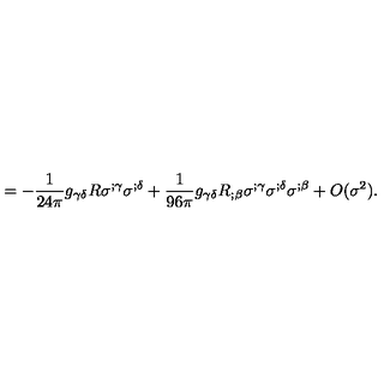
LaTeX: = - \frac { 1 } { 2 4 \pi } g _ { \gamma \delta } R \sigma ^ { ; \gamma } \sigma ^ { ; \delta } + \frac { 1 } { 9 6 \pi } g _ { \gamma \delta } R _ { ; \beta } \sigma ^ { ; \gamma } \sigma ^ { ; \delta } \sigma ^ { ; \beta } + O ( \sigma ^ { 2 } ) .